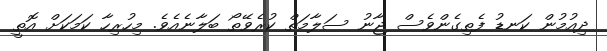
ދިއުމުން ކަނޑު ފެތިގެންވެސް ޖާނު ސަލާމަތް ކުރެވޭތޯ ބަލާނެއެވެ. މިހުރިހާ ކަމަކަށް އޮތީ